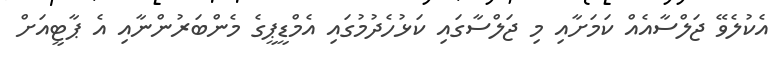
އެކުލެވޭ ޖަލްސާއެއް ކަމަށާއި މި ޖަލްސާގައި ކަޅުހެދުމުގައި އެމްޑީޕީގެ މެންބަރުންނާއި އެ ޕާޓީއަށް